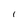
Character: I